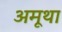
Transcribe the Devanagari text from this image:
अमूथा